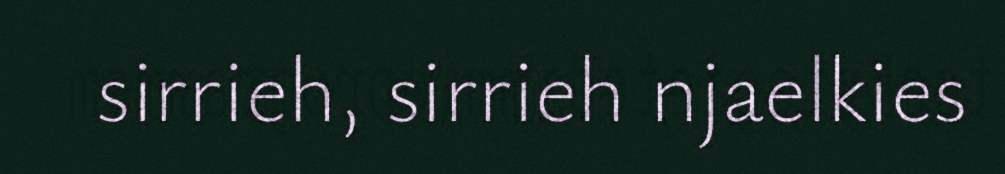
sirrieh, sirrieh njaelkies